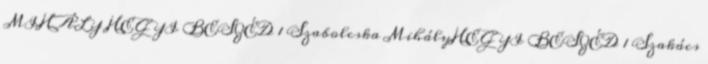
MIHÁLY HEGYI BESZÉD 1 Szabolcska MihályHEGYI BESZÉD 1 Szakács